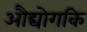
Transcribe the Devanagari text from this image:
औद्योगकि